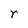
Character: r